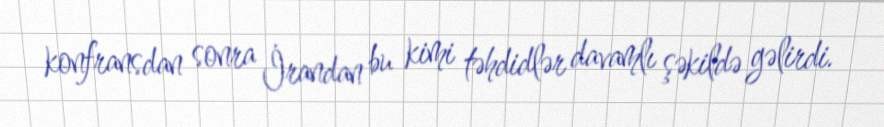
konfransdan sonra İrandan bu kimi təhdidlər davamlı şəkildə gəlirdi.